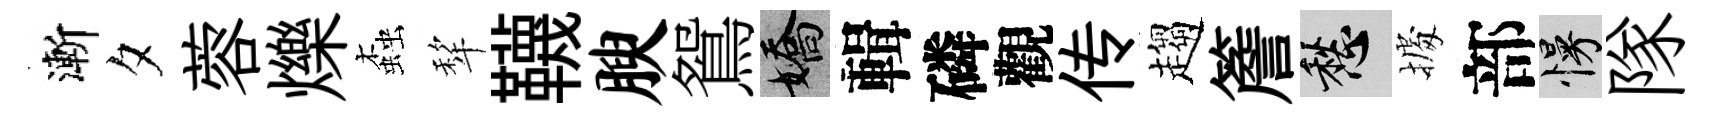
漸夕蓉爍螙犂韈腴鴛嬌輯磷觀传趨簷愁𢴃部慢隊